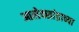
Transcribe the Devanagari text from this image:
आलेक्सांद्राच्या